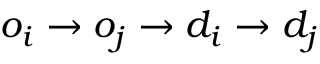
o _ { i } \rightarrow o _ { j } \rightarrow d _ { i } \rightarrow d _ { j }